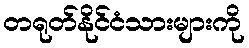
တရုတ်နိုင်ငံသားများကို